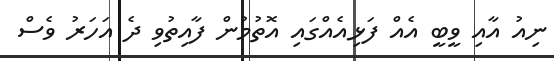
ނިއު އާއި ވީބީ އެއް ފަޅިއެއްގައި އޮތުމުން ފާއިތުވި ދެ އަހަރު ވެސް